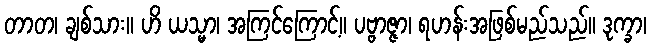
တာတ၊ ချစ်သား။ ဟိ ယသ္မာ၊ အကြင်ကြောင့်။ ပဗ္ဗာဇ္ဇာ၊ ရဟန်းအဖြစ်မည်သည်။ ဒုက္ခာ၊